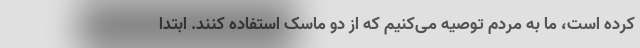
کرده است، ما به مردم توصیه می‌کنیم که از دو ماسک استفاده کنند. ابتدا